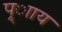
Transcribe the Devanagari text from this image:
प्र्ााय